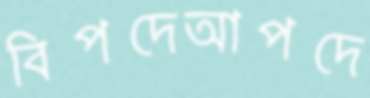
বিপদেআপদে